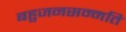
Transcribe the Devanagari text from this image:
बहुजनसम्मति